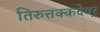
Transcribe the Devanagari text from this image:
तिरुत्तक्कदेवर्